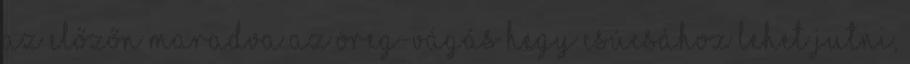
Az előzőn maradva Az Öreg-vágás hegy csúcsához lehet jutni,